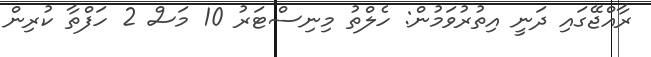
ރާއްޖޭގައި ދަނީ އިތުރުވަމުން: ހެލްތު މިނިސްޓަރު 10 މަސް 2 ހަފްތާ ކުރިން